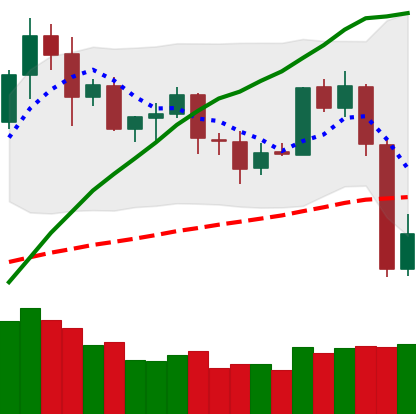
Ticker: LTC-USD
Chart end date: 2020-09-04
Forward return: -5.363%
Label: down_5_7